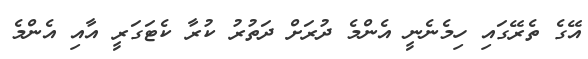
އޭގެ ތެރޭގައި ހިމެނެނީ އެންމެ ދުރަށް ދަތުރު ކުރާ ކެޓަގަރީ އާއި އެންމެ